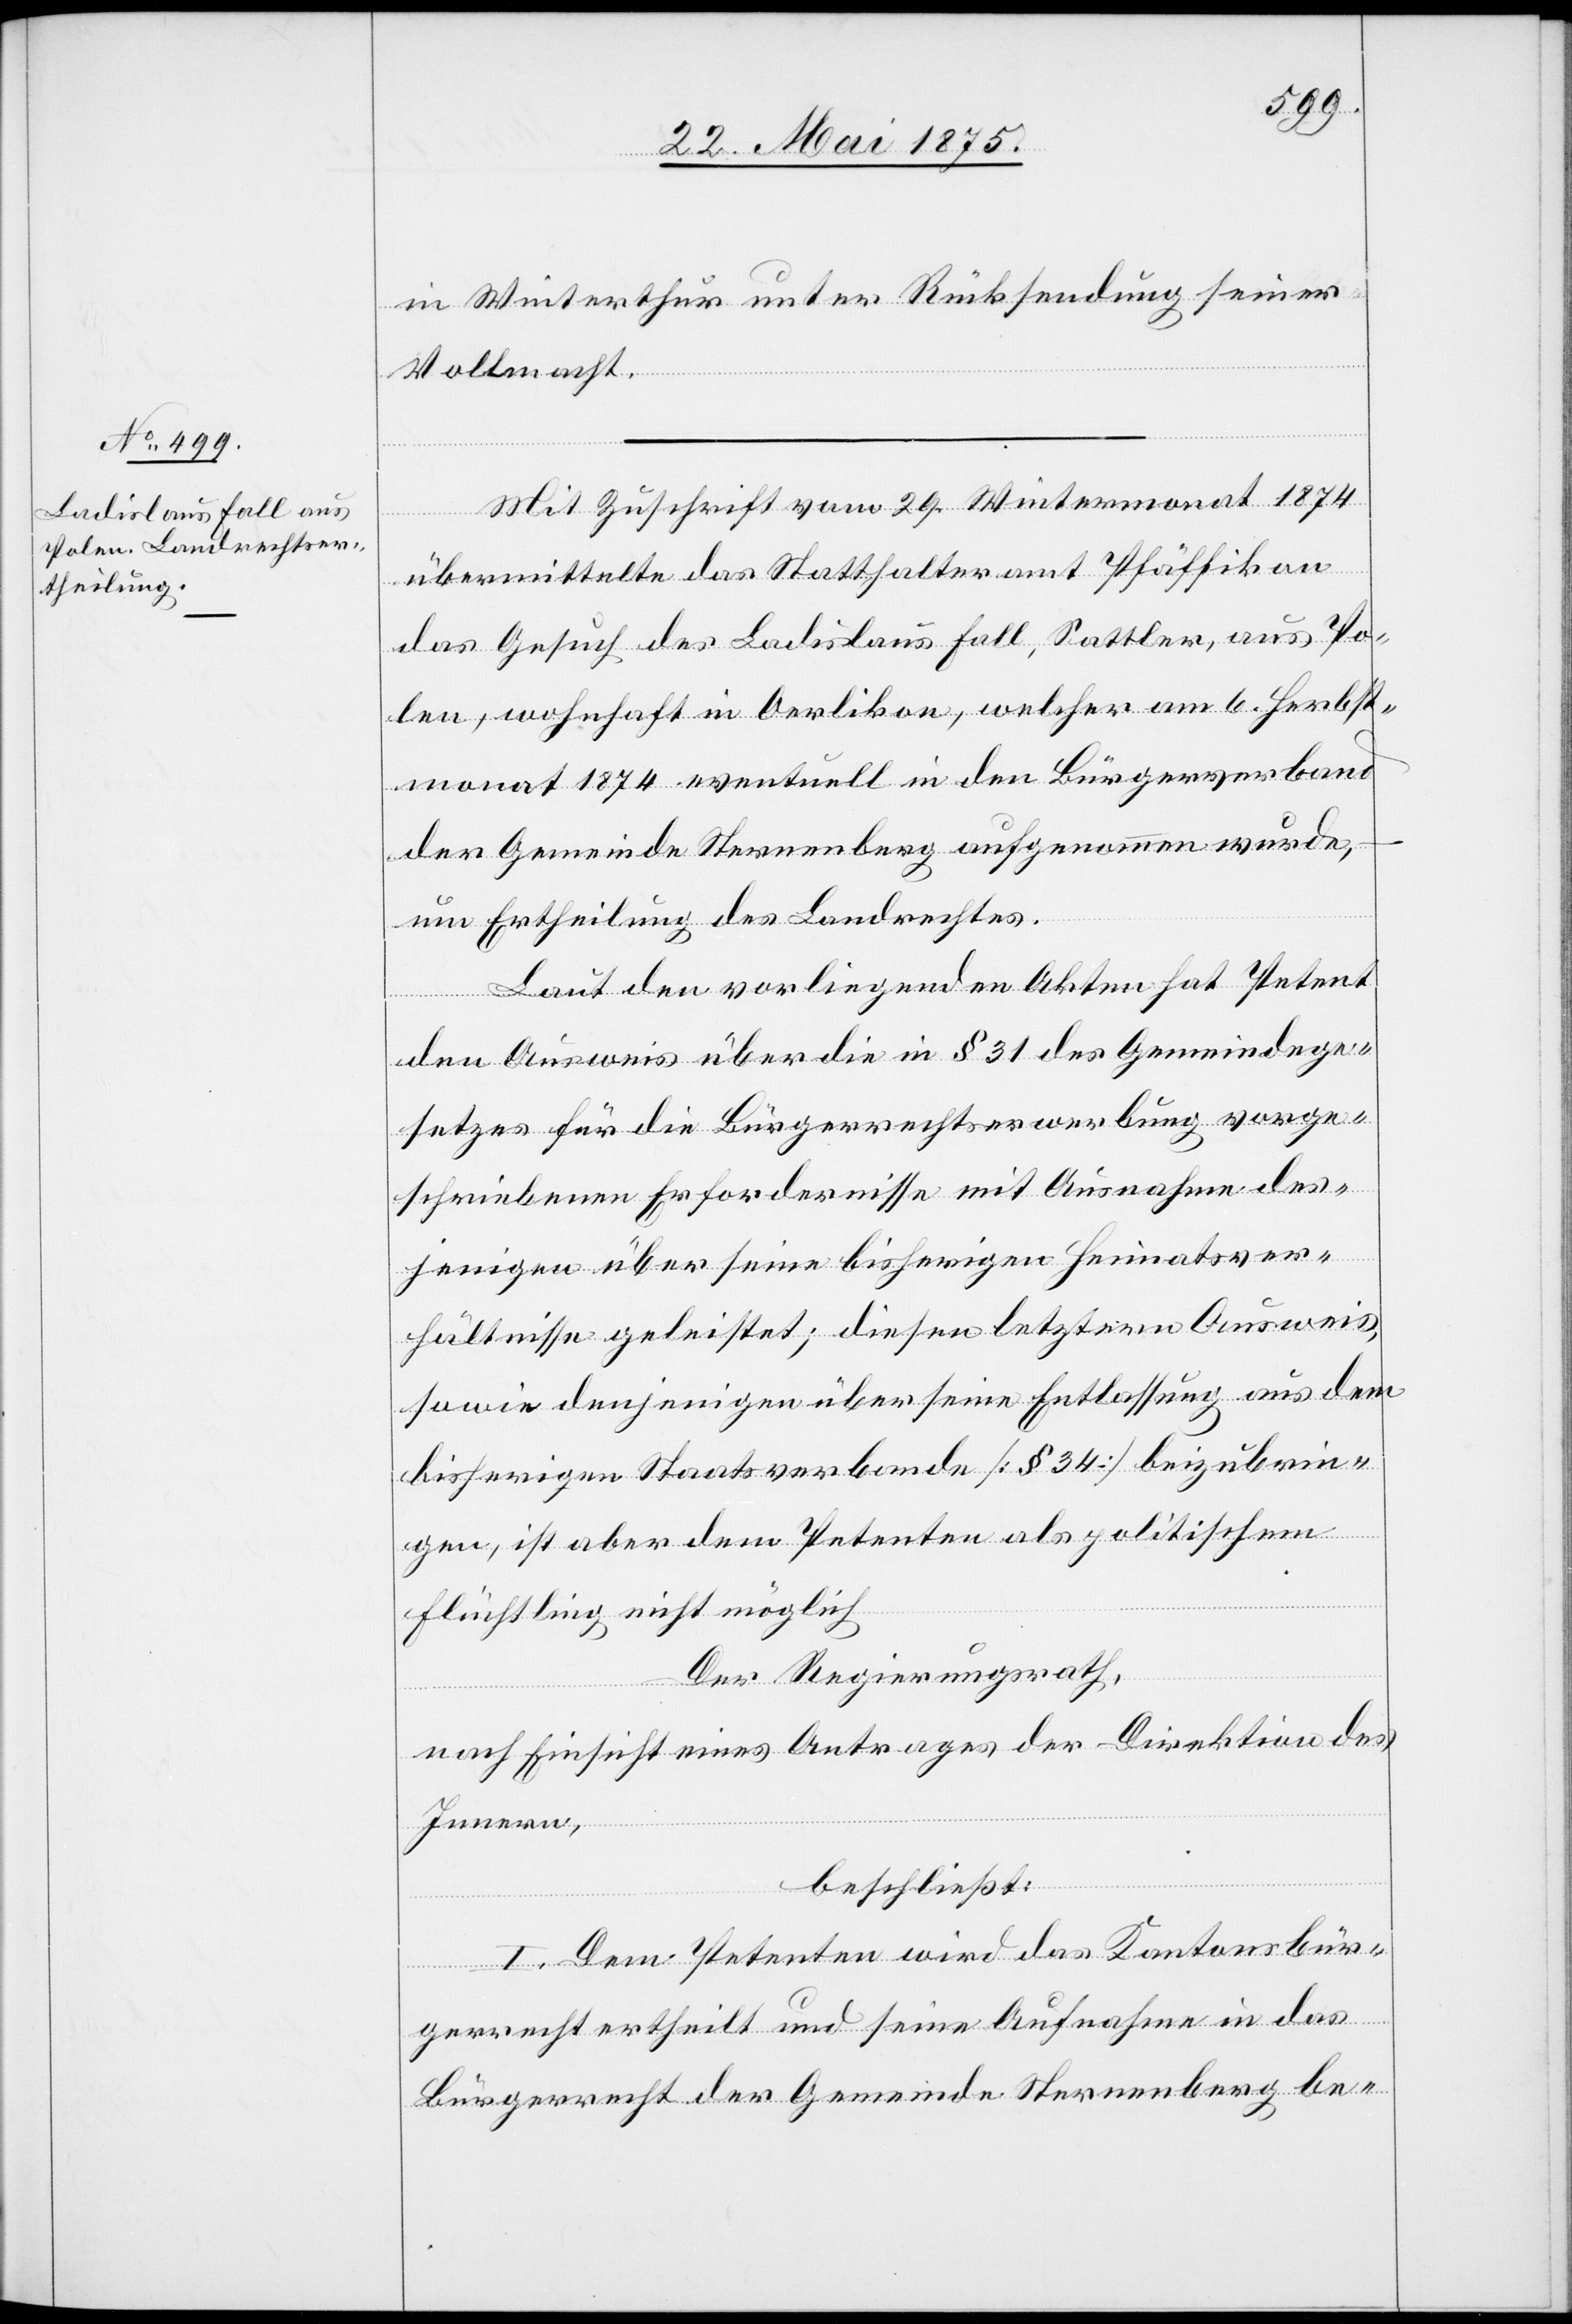
in Winterthur unter Rücksendung seiner
Vollmacht.
Mit Zuschrift vom 29. Wintermonat 1874
übermittelte das Statthalteramt Pfäffikon
das Gesuch des Ladislaus Fall, Sattler, aus Po¬
len, wohnhaft in Oerlikon, welcher am 6. Herbst¬
monat 1874 eventuell in den Bürgerverband
der Gemeinde Sternenberg aufgenommen wurde,
um Ertheilung des Landrechtes.
Laut den vorliegenden Akten hat Petent
den Ausweis über die in § 31 des Gemeindege¬
setzes für die Bürgerrechtserwerbung vorge¬
schriebenen Erfordernisse mit Ausnahme des¬
jenigen über seine bisherigen Heimatsver¬
hältnisse geleistet; diesen letzten Ausweis,
sowie denjenigen über seine Entlassung aus dem
bisherigen Staatsverbande [§ 34] beizubrin¬
gen, ist aber dem Petenten als politischem
Flüchtling nicht möglich.
Der Regierungsrath,
nach Einsicht eines Antrages der Direktion des
Innern,
beschließt:
I. Dem Petenten wird das Kantonsbür¬
gerrecht ertheilt und seine Aufnahme in das
Bürgerrecht der Gemeinde Sternenberg be-